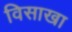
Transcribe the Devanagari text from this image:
विसाखा